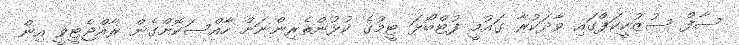
ސާފް ސުޒުކީކަޕްގައި ވާދަކުރާ ގައުމީ ފުޓްބޯޅަ ޓީމުގެ ކުޅުންތެރިންނަށް ހާއްސަކޮށްގެން ރާއްޖެޓީވީ އިން